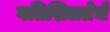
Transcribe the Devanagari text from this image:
गतिशिलतेचे